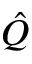
\hat { Q }